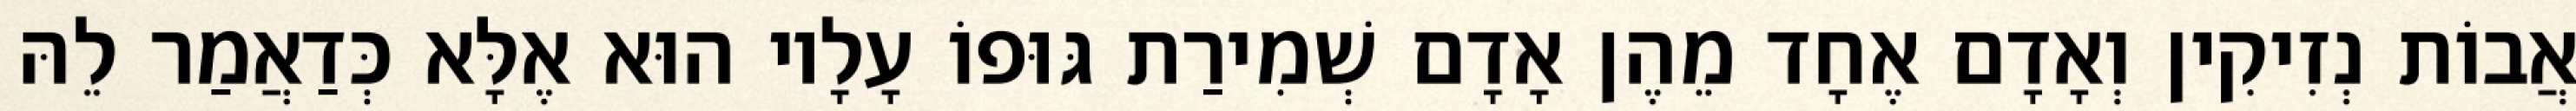
אֲבוֹת נְזִיקִין וְאָדָם אֶחָד מֵהֶן אָדָם שְׁמִירַת גּוּפוֹ עָלָיו הוּא אֶלָּא כְּדַאֲמַר לֵהּ